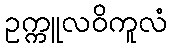
ဥက္ကူလဝိကူလံ